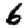
Digit: 6